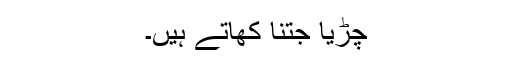
چڑیا جتنا کھاتے ہیں۔